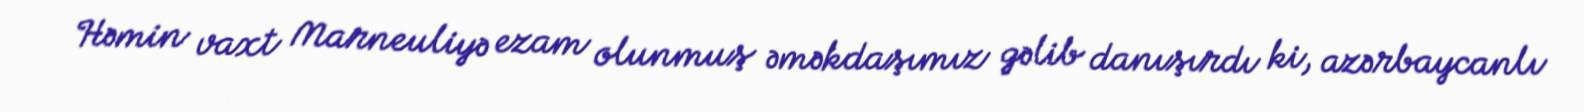
Həmin vaxt Marneuliyə ezam olunmuş əməkdaşımız gəlib danışırdı ki, azərbaycanlı